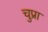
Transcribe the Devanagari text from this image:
चुप्रा